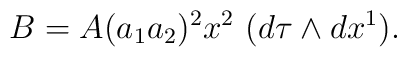
B=A(a_1a_2)^2x^2\,\,(d\tau \wedge dx^1).